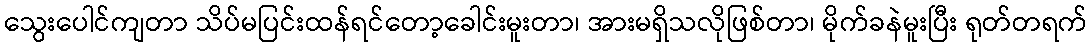
သွေးပေါင်ကျတာ သိပ်မပြင်းထန်ရင်တော့ခေါင်းမူးတာ၊ အားမရှိသလိုဖြစ်တာ၊ မိုက်ခနဲမူးပြီး ရုတ်တရက်